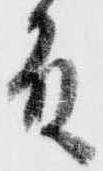
殿